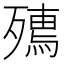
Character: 𭮟